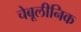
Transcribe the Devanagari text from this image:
चेबूलीनिक